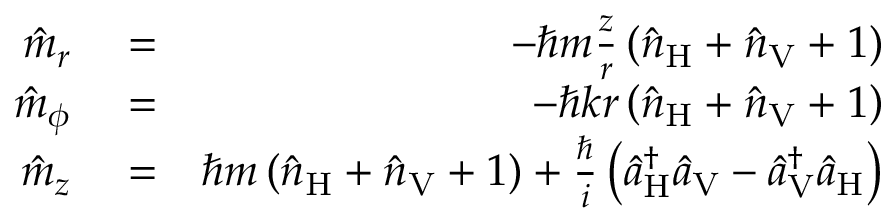
\begin{array} { r l r } { \hat { m } _ { r } } & { { } = } & { - \hbar m \frac { z } { r } \left( \hat { n } _ { \mathrm { H } } + \hat { n } _ { \mathrm { V } } + 1 \right) } \\ { \hat { m } _ { \phi } } & { { } = } & { - \hbar k r \left( \hat { n } _ { \mathrm { H } } + \hat { n } _ { \mathrm { V } } + 1 \right) } \\ { \hat { m } _ { z } } & { { } = } & { \hbar m \left( \hat { n } _ { \mathrm { H } } + \hat { n } _ { \mathrm { V } } + 1 \right) + \frac { \hbar } { i } \left( \hat { a } _ { \mathrm { H } } ^ { \dagger } \hat { a } _ { \mathrm { V } } - \hat { a } _ { \mathrm { V } } ^ { \dagger } \hat { a } _ { \mathrm { H } } \right) } \end{array}